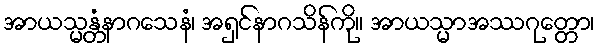
အာယသ္မန္တံနာဂသေနံ၊ အရှင်နာဂသိန်ကို။ အာယသ္မာအဿဂုတ္တော၊